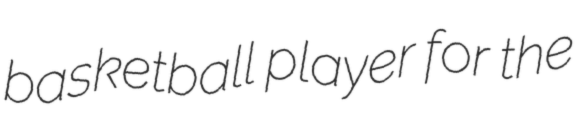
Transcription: basketball player for the